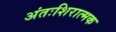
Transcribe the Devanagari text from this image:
अंतःशिरात्मक